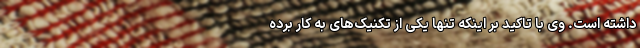
داشته است. وی با تاکید بر اینکه تنها یکی از تکنیک‌های به کار برده